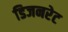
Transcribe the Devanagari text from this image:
डिजनरेट